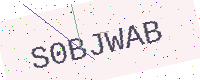
Text: S0BJWAB